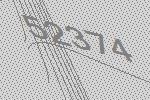
52374